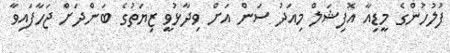
ފުލުހުންގެ މީޑިއާ އޮފިޝަލް މިއަދު ސަން އަށް ވިދާޅުވީ ޒިޔަތުގެ ބަންދަށް ޖަހާފައިވާ